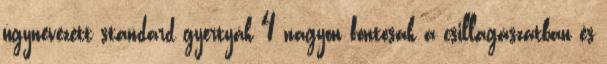
úgynevezett standard gyertyák 4 nagyon fontosak a csillagászatban és